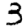
Digit: 3